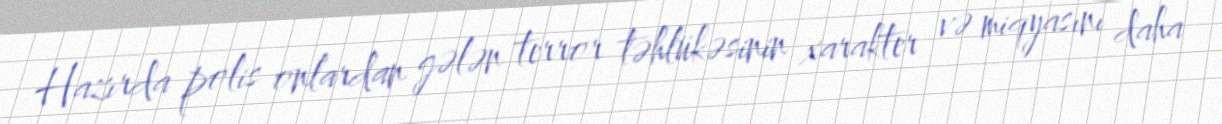
Hazırda polis onlardan gələn terror təhlükəsinin xarakter və miqyasını daha